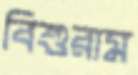
বিশুরাম